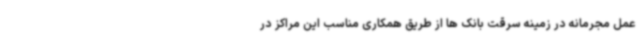
عمل مجرمانه در زمینه سرقت بانک ها از طریق همکاری مناسب این مراکز در